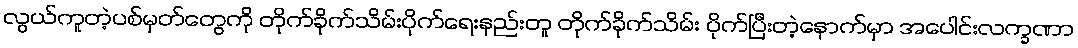
လွယ်ကူတဲ့ပစ်မှတ်တွေကို တိုက်ခိုက်သိမ်းပိုက်ရေးနည်းတူ တိုက်ခိုက်သိမ်း ပိုက်ပြီးတဲ့နောက်မှာ အပေါင်းလက္ခဏာ